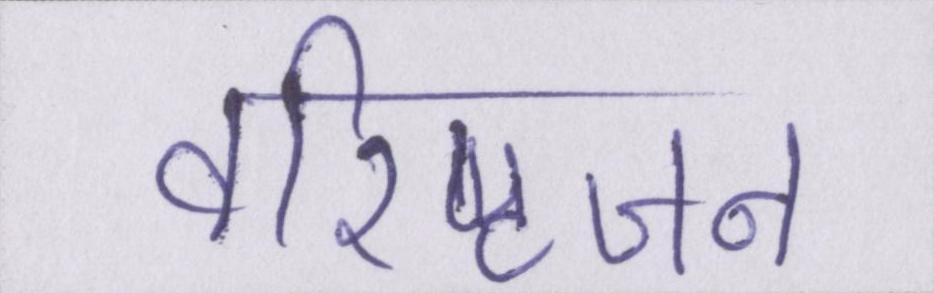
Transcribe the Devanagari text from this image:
वरिष्ठजन